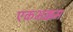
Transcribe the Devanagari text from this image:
एकभक्कम